Senior Leaving Certificate Examination (including Day School Certificate (Higher) General paper), 1949
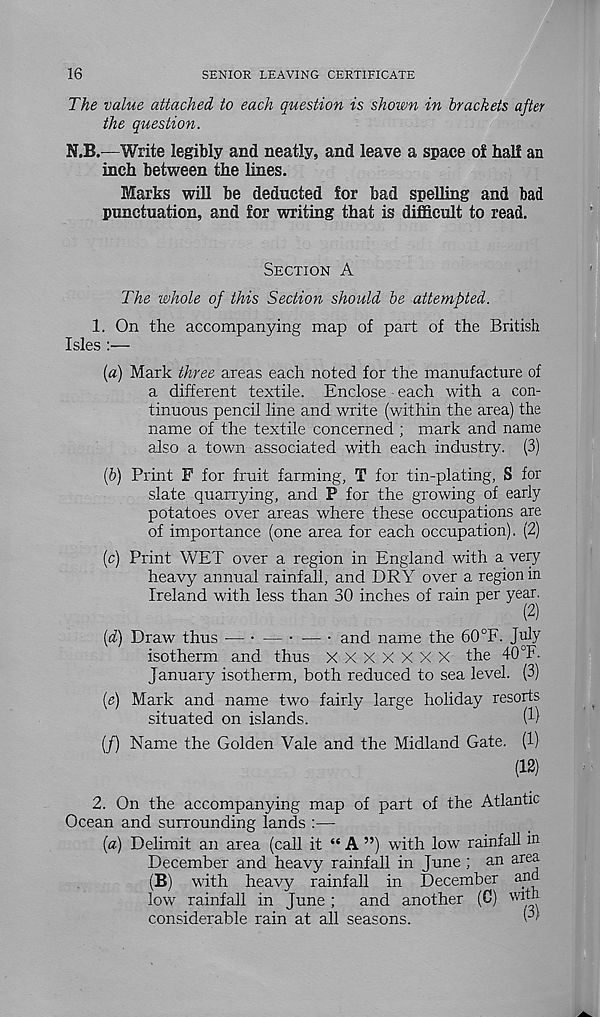
16
SENIOR LEAVING CERTIFICATE
The value attached to each question is shown in brackets after
the question.
N.B.—Write legibly and neatly, and leave a space oi halt an
inch between the lines.
Marks will be deducted for bad spelling and bad
punctuation, and for writing that is difficult to read.
SECTION A
The whole of this Section should be attempted.
1. On the accompanying map of part of the British
Isles :—
(а) Mark three areas each noted for the manufacture of
a different textile. Enclose - each with a con-
tinuous pencil line and write (v/ithin the area) the
name of the textile concerned ; mark and name
also a town associated with each industry. (3)
(б) Print F for fruit farming, T for tin-plating, S for
slate quarrying, and P for the growing of early
potatoes over areas where these occupations are
of importance (one area for each occupation). (2)
(c) Print WET over a region in England with a very
heavy annual rainfall, and DRY over a region in
Ireland with less than 30 inches of rain per year.
(2)
(d) Draw thus — • — • — • and name the 60 °F. July
isotherm and thus X X X X X X X the 40 °F.
January isotherm, both reduced to sea level. (3)
(e) Mark and name two fairly large holiday resorts
situated on islands.
(1)
(/) Name the Golden Vale and the Midland Gate. (1)
(13)
2. On the accompanying map of part of the Atlantic
Ocean and surrounding lands :—
(a) Delimit an area (call it “ A ”) with low rainfall in
December and heavy rainfall in June ; an area
(B) with heavy rainfall in December and
low rainfall in June ;
and another (C) with
considerable rain at all seasons.
O'